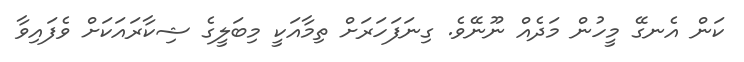
ކަން އެނގޭ މީހުން މަދެއް ނޫނޭވެ. ގިނަފަހަރަށް ތިމާއަކީ މިބަލީގެ ޝިކާރައަކަށް ވެފައިވާ